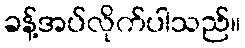
ခန့်အပ်လိုက်ပါသည်။